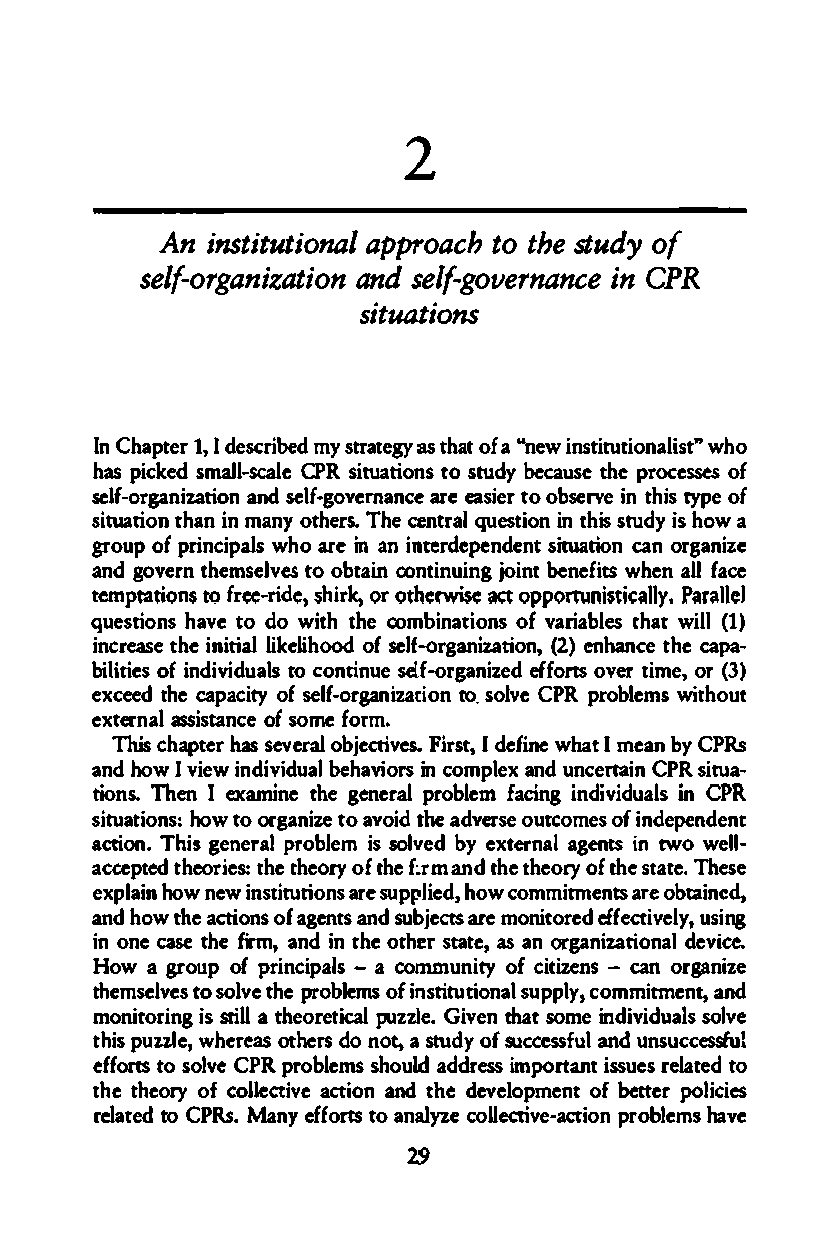
2
 Ani nstitutionatlo      t ahpsep truoodafyc h
 sel-fogranzaitioann sdel -fgvoernainncC eP R
 situations
 InC hapter1 ,Id escribemdys tratase tgyh aotf "an eiwn stitutiwohnoa list"
 has picksemaldl -scaleC PRs ituatiotnoss tu dybe causteh ep rocesses of
 self-organianzadt seilfo-gnov ernancea ree asiteoor bs ervei nth isty peo f
 stuiatiotnh ainn m anoyt heTrhsec. e ntqureastlio ni nth sis tudyi sh owa
 groupo fp rincipwalhos arie na nin terdenpedent situacatino onr ganize
 andg ovetrhne msetlov es obtcaoinn tinjuoiinbengnt e fiwtsh ena lfla ce
 tempt.ldnost o fre-eride,s hirk,o ro thecwi acts QeP PQmmi$Pratail�laell1 y,
 questiohanvse tod ow ith thec ombinaotfiv oansr iatblhesaw ti l(l1 )
 incretasheein itial lkielihoodof s elf-organiza(ti2oe)nn ,h antcheec apa­
 biliotifein sdi ivudalst oc ontinseulef -orgaenfifzoeondvs e trim e,o r( 3)
 excede theca pacityo fse lf-organization tos.o lvCeP Rp roblewmist hout
 exteranla ssistanocfseo m ef orm.
 This chaptreha ss everalo bjectivFeirss.tI ,d efinew haItm ean bye pRs
 andh owI v ieiwn diuvaibeld haviorsi nco mplexa ndun certainC PRsi tua­
 tionsTh.e n Ie xaminteh eg enerparlo blfeamci nignd ividulasi nC PR
 situations:h owt oo rgantioaz veo itdh aed verosuetc moeso fi dnependent
 actoin.T higse nerparoblle m iss olvbeyde xterangaeln itsntw o well­
 accepttheedo rtiheet sh:e ooryft hhem and thet heooryft hset aTthee.s e
 explhaoiwnn e w instituatirosenup sp iledh,o wc ommitments aroeb tained,
 and howt haecti onosf a genatnsds ubjearctsem onitoerfefdev cteiluys,nig
 ino ne case the firm,a ndi nth eo thesrta t,eas ano rganizaontiald evice.
 How a groupo f rinpcpials -cao mmunityo fc itiz-ecanns o rganiez
 themsetlovso elvse t hper oblemisnti stuotifo nla upsply,c ommitmenandt,
 monoirtingi ss rialt hle ortcaeilp uzzGliveen. t hasotm ei ndivisodluvael s
 thipusz ze,lw hereoasthe rs don ot,a s tudoyf s uccessanfdu uln successful
 efofrts tos olevPeR p roblesmhso ualdd dreissm portantiss uesr elattoe d
 thet heooryf c ollectaictvoine and tehveel pomdento fbe tterpo licies
 relattoee dp Rs.M anye ffotrtso a nalyzeco llective-actino problheamvse